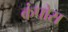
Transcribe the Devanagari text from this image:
कंपोस